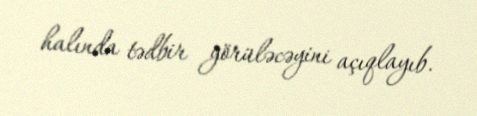
halında tədbir görüləcəyini açıqlayıb.